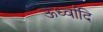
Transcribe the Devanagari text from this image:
ऊर्ध्वादि